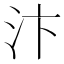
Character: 汴